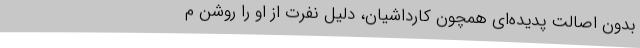
بدونِ ‌اصالتِ پدیده‌ای همچون کارداشیان، دلیل نفرت از او را روشن م